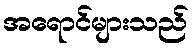
အရောင်များသည်